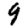
Digit: 9